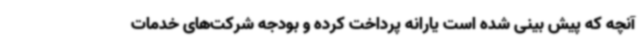
آنچه که پیش بینی شده است یارانه پرداخت کرده و بودجه شرکت‌های خدمات